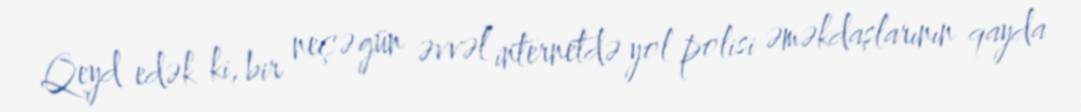
Qeyd edək ki, bir neçə gün əvvəl internetdə yol polisi əməkdaşlarının qayda